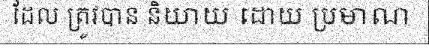
ដែល ត្រូវបាន និយាយ ដោយ ប្រមាណ